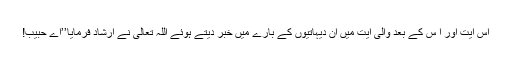
اس آیت اور ا س کے بعد والی آیت میں ان دیہاتیوں کے بارے میں خبر دیتے ہوئے اللہ تعالیٰ نے ارشاد فرمایا’’اے حبیب!